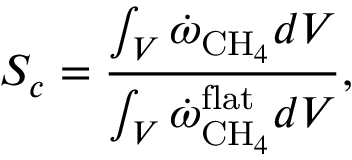
S _ { c } = \frac { \int _ { V } \dot { \omega } _ { \mathrm { C H } _ { 4 } } d V } { \int _ { V } \dot { \omega } _ { \mathrm { C H } _ { 4 } } ^ { \mathrm { f l a t } } d V } ,